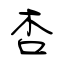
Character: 杏